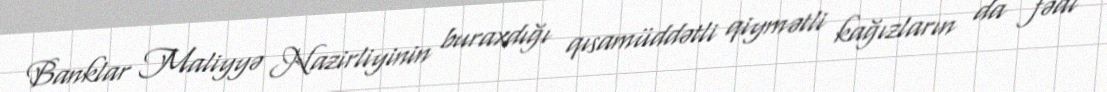
Banklar Maliyyə Nazirliyinin buraxdığı qısamüddətli qiymətli kağızların da fəal